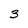
Character: 3